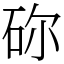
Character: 䂧